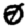
Digit: 0